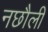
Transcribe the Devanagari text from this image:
नछौली